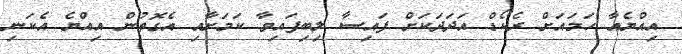
އިއްޔެއާ ހަމައަށް ރެކޯޑް އަދަދަކަށް ފައިސާ ލިބިފައިވާ ކަމަށާއި އެގޮތުން އިއްޔެ އެކަނި